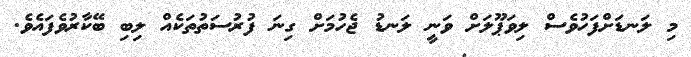
މި ލަނޑަށްފަހުވެސް ލިވަޕޫލަށް ވަނީ ލަނޑު ޖެހުމަށް ގިނަ ފުރުސަތުތަކެއް ލިބި ބޭކާރުވެފައެވެ.